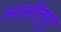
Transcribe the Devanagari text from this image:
ललीतपुर